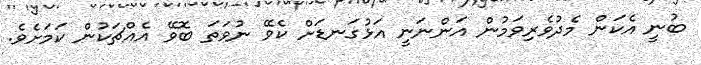
ބުނީ އެކަން މެދުވެރިވަމުން އަންނަނީ އަޅުގަނޑަށް ކެވޭ ނުވަތަ ބޮވޭ އެއްޗަކުން ކަމަށެވެ.